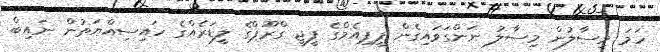
ހަމަ މިސާލުން މިސާލު ނަންގަވައިގެން ޕީޕިއެމްގެ ޕީޖީ ގްރޫޕްގެ ލީޑަރެއްގެ ހައިސިއްޔަތުން ނައިބް